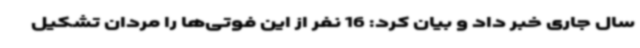
سال جاری خبر داد و بیان کرد: 16 نفر از این فوتی‌ها را مردان تشکیل